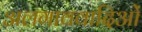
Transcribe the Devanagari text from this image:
अलगाववादिओं